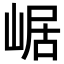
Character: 崌